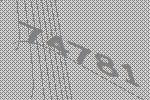
74781